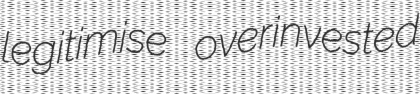
legitimise overinvested